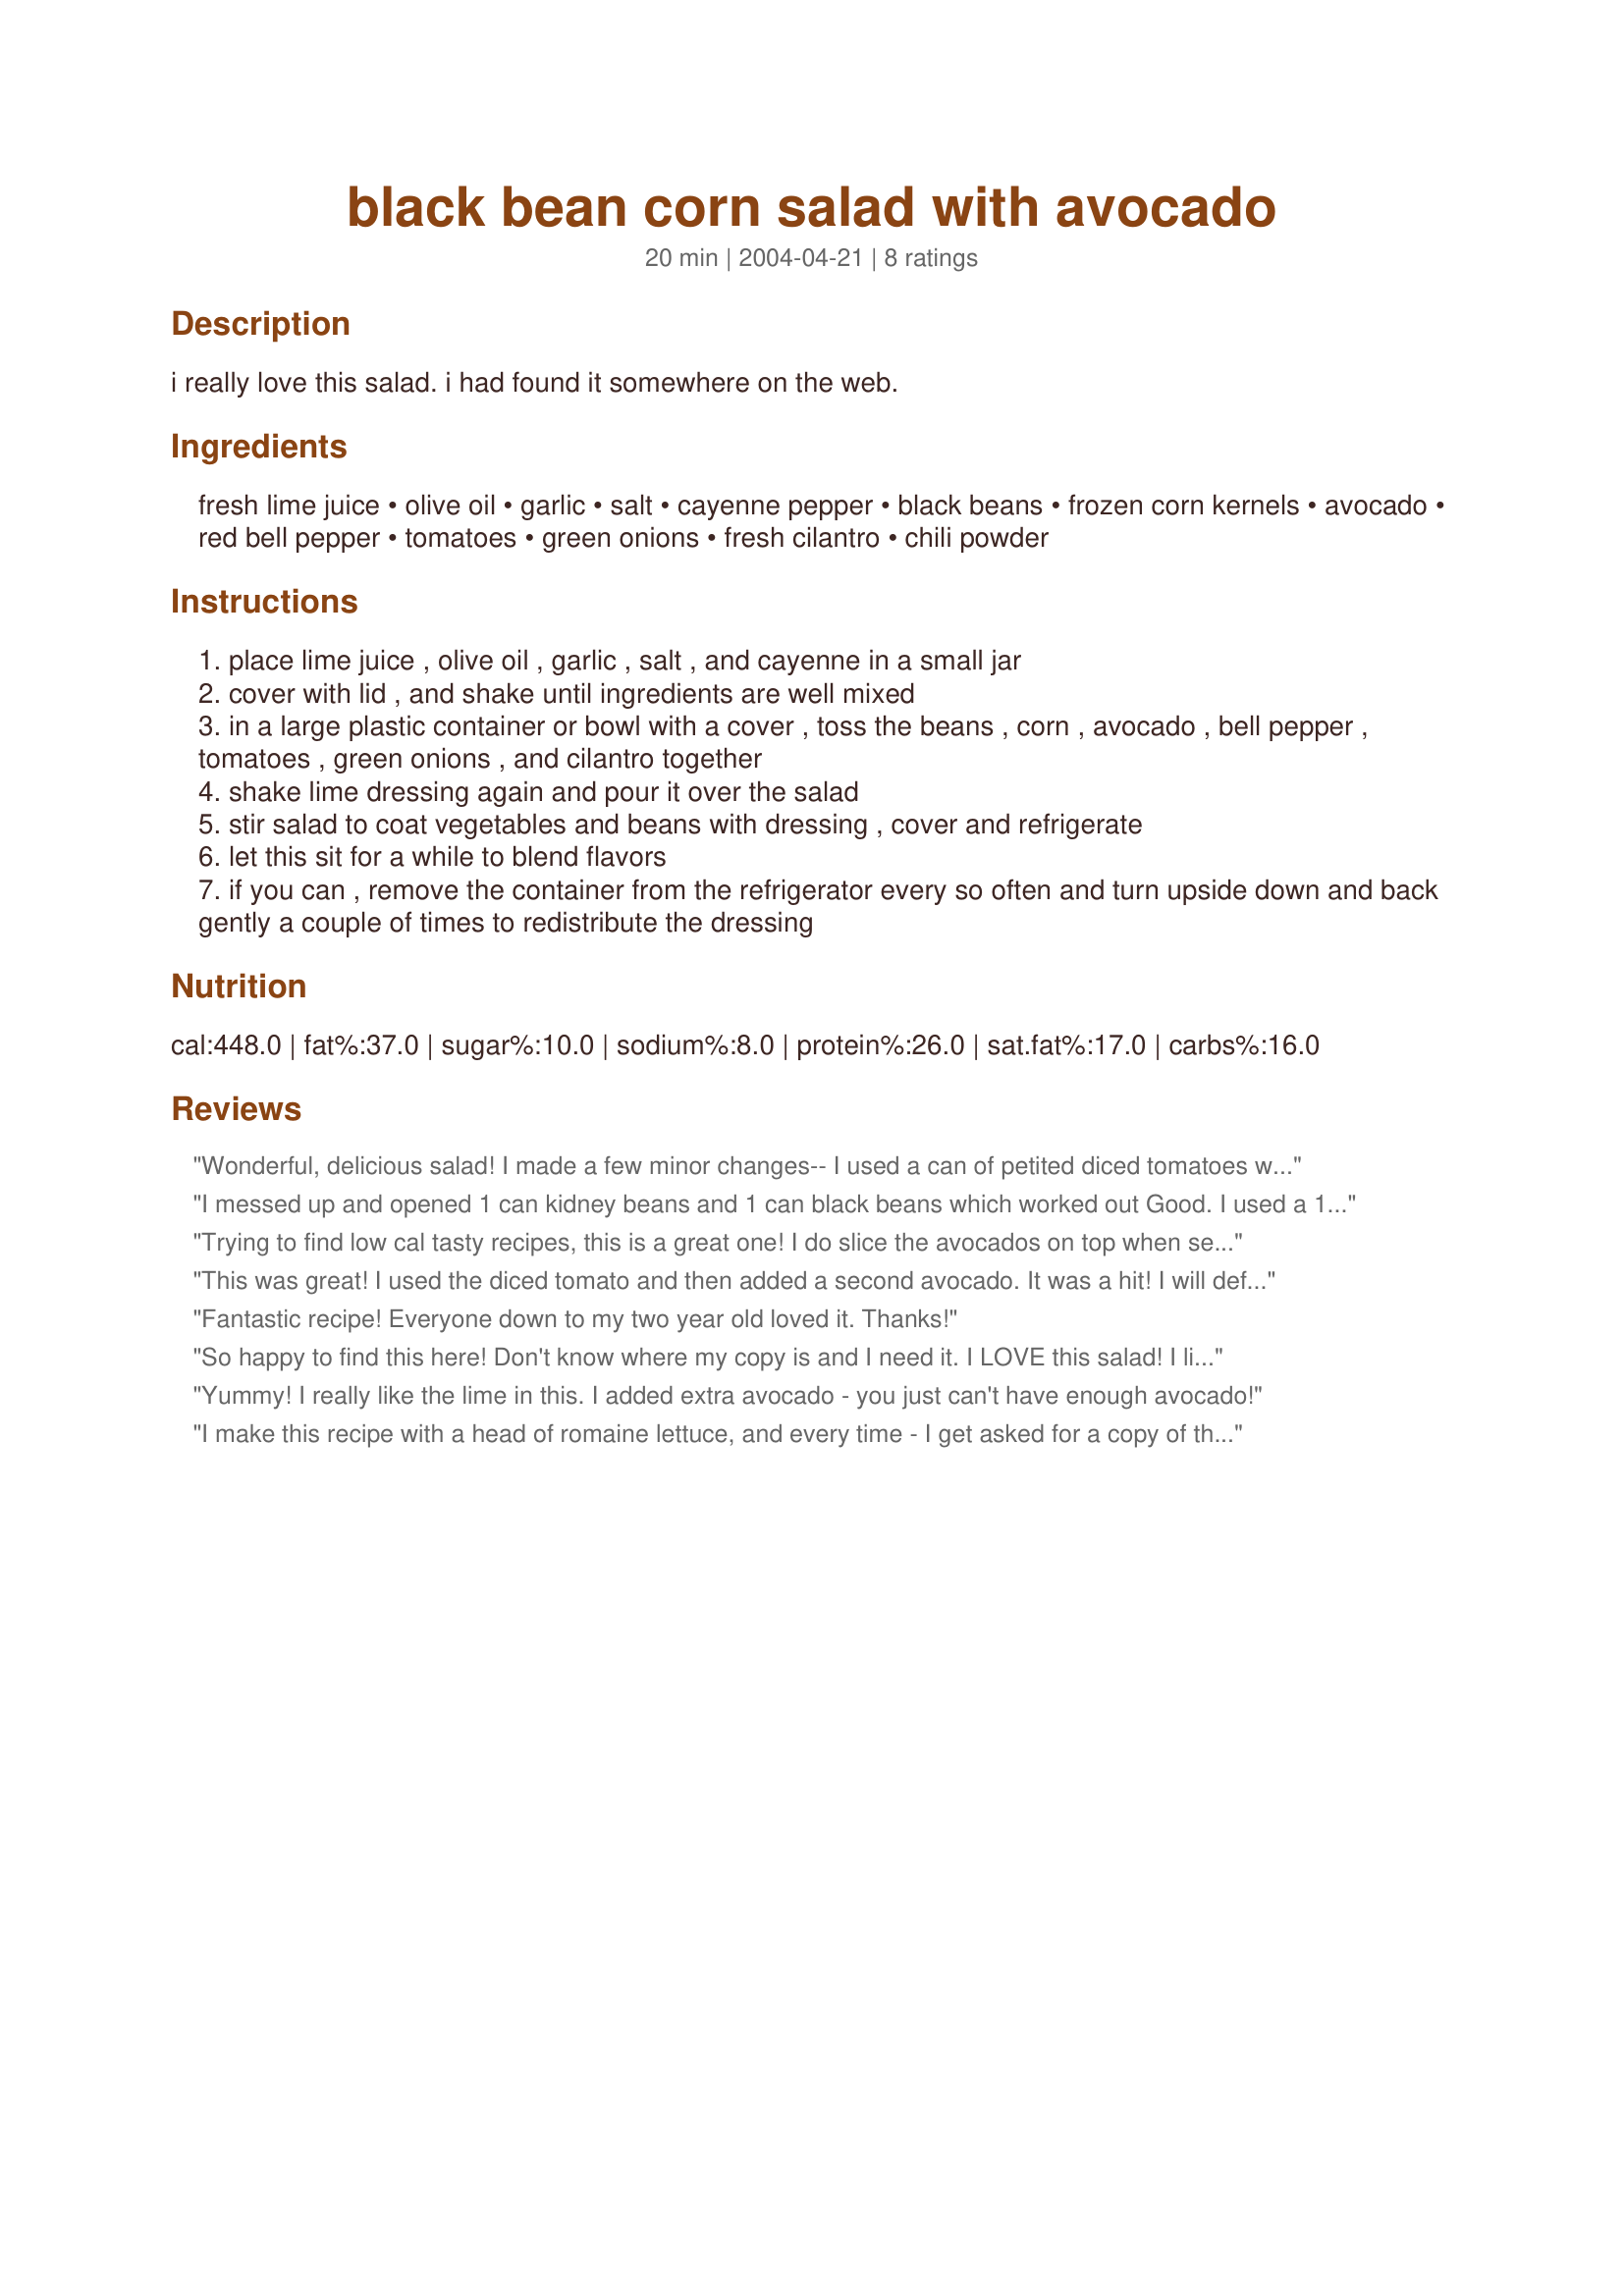
black bean corn salad with avocado
Preparation time: 20 minutes

i really love this salad. i had found it somewhere on the web.

Ingredients:
fresh lime juice, olive oil, garlic, salt, cayenne pepper, black beans, frozen corn kernels, avocado, red bell pepper, tomatoes, green onions, fresh cilantro, chili powder

Steps:
place lime juice , olive oil , garlic , salt , and cayenne in a small jar
cover with lid , and shake until ingredients are well mixed
in a large plastic container or bowl with a cover , toss the beans , corn , avocado , bell pepper , tomatoes , green onions , and cilantro together
shake lime dressing again and pour it over the salad
stir salad to coat vegetables and beans with dressing , cover and refrigerate
let this sit for a while to blend flavors
if you can , remove the container from the refrigerator every so often and turn upside down and back gently a couple of times to redistribute the dressing

Reviews:
Wonderful, delicious salad! I made a few minor changes-- I used a can of petited diced tomatoes with jalapeno as some of our tomatoes aren't that great yet. I didn't measure the lime juice, just used 2 limes and I used Niblet Mexican corn with green and red peppers. The combination of flavors is just outstanding. Will be serving this with a grilled chicken breast that has brown sugar and cumin...I think it will be a great combo. This is a definite keeper, thanks for sharing!
I messed up and opened 1 can kidney beans and 1 can black beans which worked out Good. I used a 14.5 ounce can of garlic flavored diced tomatoes. Juice of 2 limes. I had to leave the cilantro on the side for us that do love it.I say it`s a must. The avacado gave this a nice smoothness. Lots of flavor. Very good.
Trying to find low cal tasty recipes, this is a great one! I do slice the avocados on top when serving to keep them fresh. And the flavors in this are even better the next day, so make alot because it goes fast.
4-25-09 I make this quite often now, and have given the recipe to all my friends and family.
This was great! I used the diced tomato and then added a second avocado. It was a hit! I will definately make this again soon!
Fantastic recipe! Everyone down to my two year old loved it. Thanks!
So happy to find this here! Don't know where my copy is and I need it. I LOVE this salad! I like to use multi-colored bell peppers and red onions. I add the avocados at serving time so they stay nicer looking. It is BEAUTIFUL. I got it from a friend and it was out of a cookbook called "That All May Be Fed" or some other earthy-type title (probably vegan). It is great if you have really good corn-on-the-cob but I have been using a frozen corn called super-sweet white and it is also good, especially when you cook massive quantities like I usually do.
Yummy! I really like the lime in this. I added extra avocado - you just can't have enough avocado!
I make this recipe with a head of romaine lettuce, and every time - I get asked for a copy of the recipe - without fail. It is delicious and has become a go to recipe for me. I make it all the time. Yummy!
